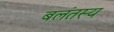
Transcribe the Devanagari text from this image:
बलंतस्य